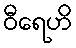
ဝီရေဟိ